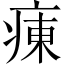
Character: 𤷆